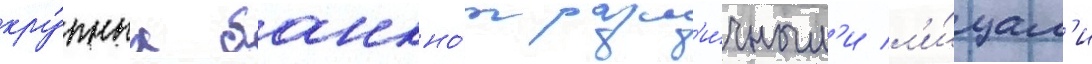
кру́пных банкно́т разл'и́чным'и л'и́цам'и